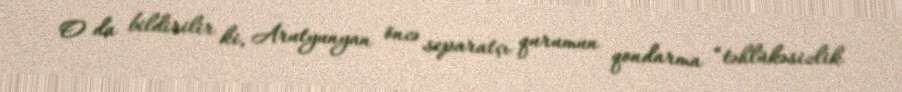
O da bildirilir ki, Arutyunyan öncə separatçı qurumun qondarma “təhlükəsizlik